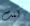
كنت